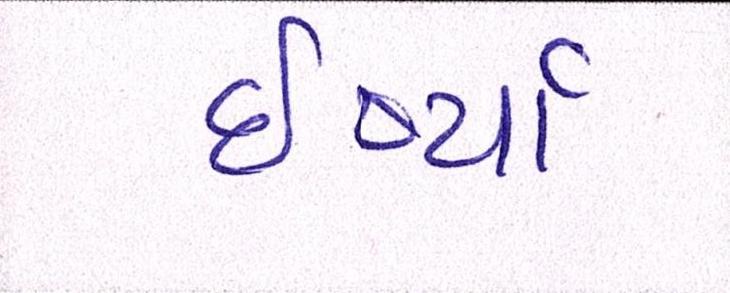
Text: ઈર્ષ્યા